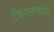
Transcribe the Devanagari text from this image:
विरारमध्ये